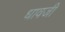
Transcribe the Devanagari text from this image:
धावजी